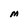
Character: M